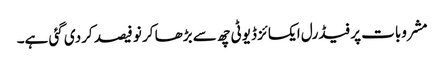
مشروبات پر فیڈرل ایکسائز ڈیوٹی چھ سے بڑھا کر نو فیصد کردی گئی ہے۔